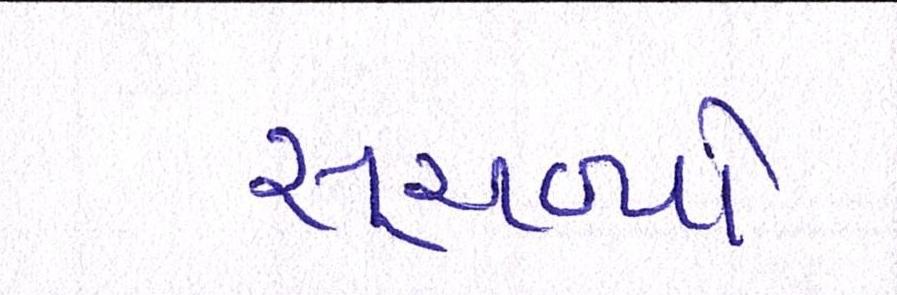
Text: સૂચવ્યો